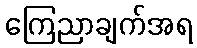
ကြေညာချက်အရ